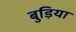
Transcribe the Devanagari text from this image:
बुड़िया